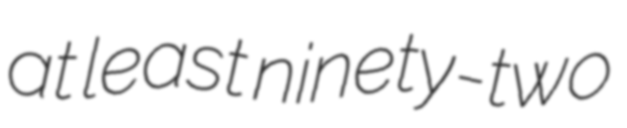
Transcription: at least ninety-two